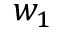
w _ { 1 }